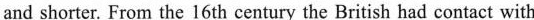
and shorter. From the 16th century the British had contact with